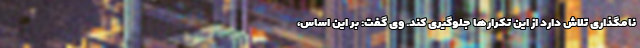
نامگذاری تلاش دارد از این تکرارها جلوگیری کند. وی گفت: بر این اساس،